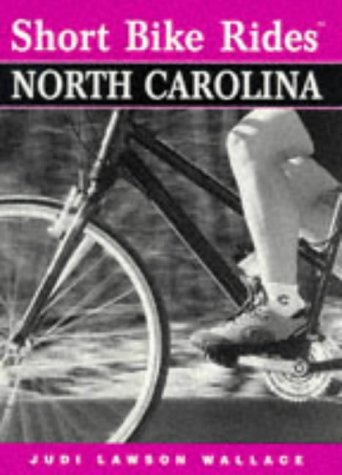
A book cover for Short Bike Rides in North Carolina (Short Bike Rides Series); Judi Lawson Wallace; Travel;